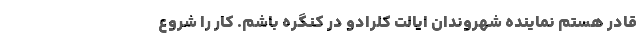
قادر هستم نماینده شهروندان ایالت کلرادو در کنگره باشم. کار را شروع